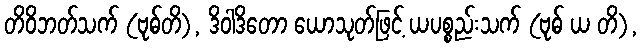
တိဝိဘတ်သက် (ဗုဓ်တိ), ဒိဝါဒိတော ယောသုတ်ဖြင့် ယပစ္စည်းသက် (ဗုဓ် ယ တိ),